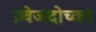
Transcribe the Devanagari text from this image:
ज़्वेजदोच्का